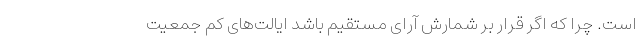
است. چرا که اگر قرار بر شمارش آرای مستقیم باشد ایالت‌های کم جمعیت